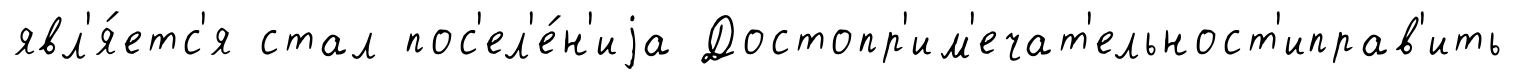
явл'я́етс'я стал пос'ел'е́н'иjа Достопр'им'ечат'ельност'иправ'ить